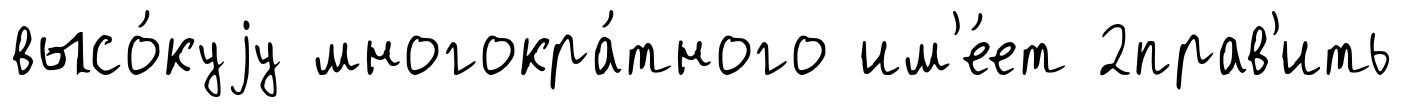
высо́куjу многокра́тного им'е́ет 2прав'ить